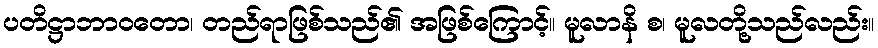
ပတိဋ္ဌာဘာဝတော၊ တည်ရာဖြစ်သည်၏ အဖြစ်ကြောင့်။ မူလာနိ စ၊ မူလတို့သည်လည်း။